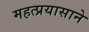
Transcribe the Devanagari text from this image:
महत्प्रयासाने